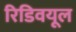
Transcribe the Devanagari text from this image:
रिडिवयूल